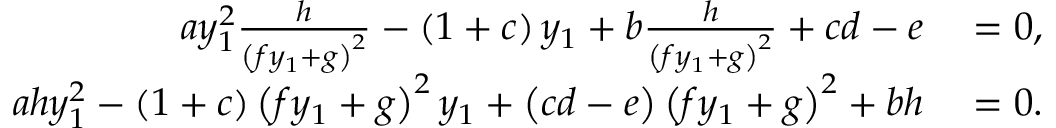
\begin{array} { r l } { a y _ { 1 } ^ { 2 } \frac { h } { \left( f y _ { 1 } + g \right) ^ { 2 } } - \left( 1 + c \right) y _ { 1 } + b \frac { h } { \left( f y _ { 1 } + g \right) ^ { 2 } } + c d - e } & { { } = 0 , } \\ { a h y _ { 1 } ^ { 2 } - \left( 1 + c \right) \left( f y _ { 1 } + g \right) ^ { 2 } y _ { 1 } + \left( c d - e \right) \left( f y _ { 1 } + g \right) ^ { 2 } + b h } & { { } = 0 . } \end{array}